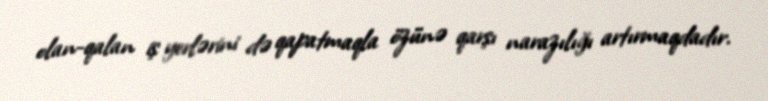
olan-qalan iş yerlərini də qapatmaqla özünə qarşı narazılığı artırmaqdadır.